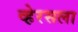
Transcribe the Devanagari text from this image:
व्हेरसला